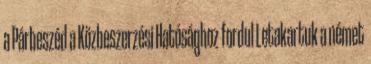
a Párbeszéd a Közbeszerzési Hatósághoz fordul Letakartuk a német